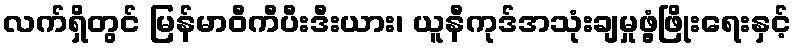
လက်ရှိတွင် မြန်မာဝီကီပီးဒီးယား၊ ယူနီကုဒ်အသုံးချမှုဖွံ့ဖြိုးရေးနှင့်